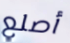
أصلع